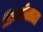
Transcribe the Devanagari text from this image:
प्रिन्जोलाटा